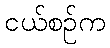
ငယ်စဉ်က